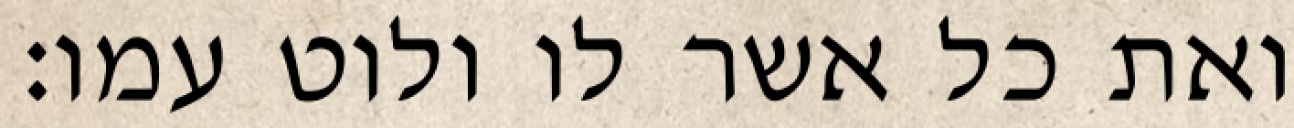
ואת כל אשר לו ולוט עמו׃